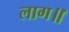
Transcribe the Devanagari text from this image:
लाग॥